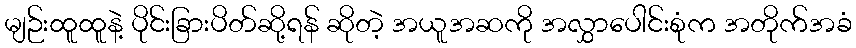
မျဉ်းထူထူနဲ့ ပိုင်းခြားပိတ်ဆို့ရန် ဆိုတဲ့ အယူအဆကို အလွှာပေါင်းစုံက အတိုက်အခံ